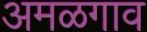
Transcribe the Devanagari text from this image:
अमळगाव